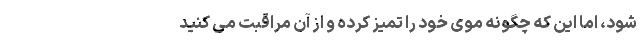
شود، اما این که چگونه موی خود را تمیز کرده و از آن مراقبت می کنید